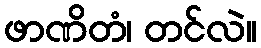
ဖာဏိတံ၊ တင်လဲ။